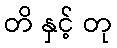
တိ နှင့် တု